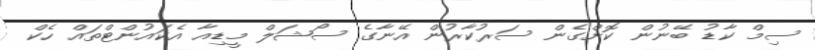
ސިމް ކާޑު ބޭނުން ކޮށްގެން ސަރުކާރުން އޭނާގެ ސޯޝަލް މީޑިއާ އެކައުންޓްތައް ހެކް